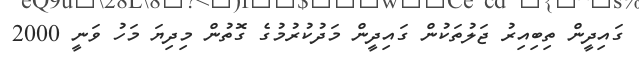
ގައިދީން ތިބިއިރު ޖަލުތަކުން ގައިދީން މަދުކުރުމުގެ ގޮތުން މިދިޔަ މަހު ވަނީ 2000